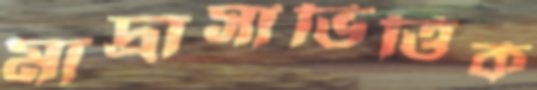
মাদ্রাসাভিত্তিক